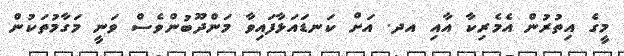
މީގެ އިތުރުން އެމެރިކާ އާއި އދ. އަށް ކަނޑައަޅާފައިވާ މަންދޫބުންވެސް ވަނީ މަގާމުތަކުން